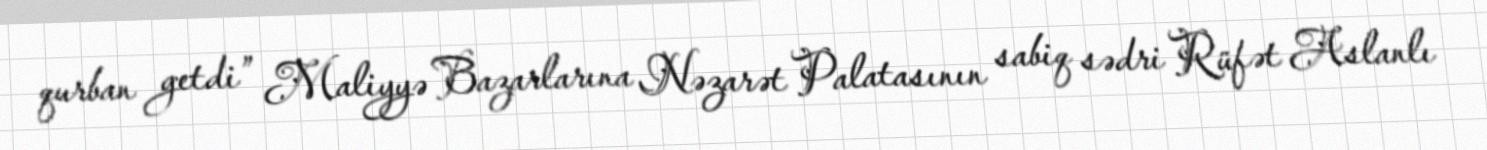
qurban getdi” Maliyyə Bazarlarına Nəzarət Palatasının sabiq sədri Rüfət Aslanlı